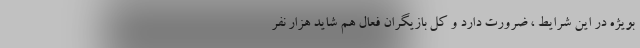
بويژه در اين شرايط ، ضرورت دارد و كل بازيگران فعال هم شايد هزار نفر